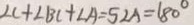
\angle C + \angle B C + \angle A = 5 2 A = 1 8 0 ^ { \circ }